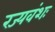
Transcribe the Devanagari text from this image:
रज्यवंशः